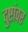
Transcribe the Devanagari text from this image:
दुष्टांवर